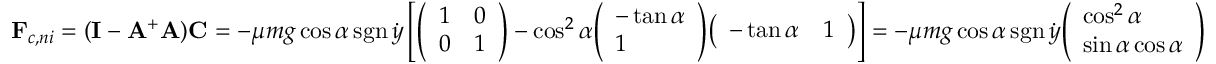
\mathbf { F } _ { c , n i } = ( \mathbf { I } - \mathbf { A } ^ { + } \mathbf { A } ) \mathbf { C } = - \mu m g \cos \alpha \operatorname { s g n } { \dot { y } } \left[ { \left( \begin{array} { l l } { 1 } & { 0 } \\ { 0 } & { 1 } \end{array} \right) } - \cos ^ { 2 } \alpha { \left( \begin{array} { l } { - \tan \alpha } \\ { 1 } \end{array} \right) } { \left( \begin{array} { l l } { - \tan \alpha } & { 1 } \end{array} \right) } \right] = - \mu m g \cos \alpha \operatorname { s g n } { \dot { y } } { \left( \begin{array} { l } { \cos ^ { 2 } \alpha } \\ { \sin \alpha \cos \alpha } \end{array} \right) }